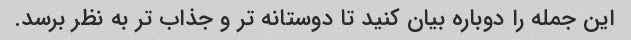
این جمله را دوباره بیان کنید تا دوستانه تر و جذاب تر به نظر برسد.